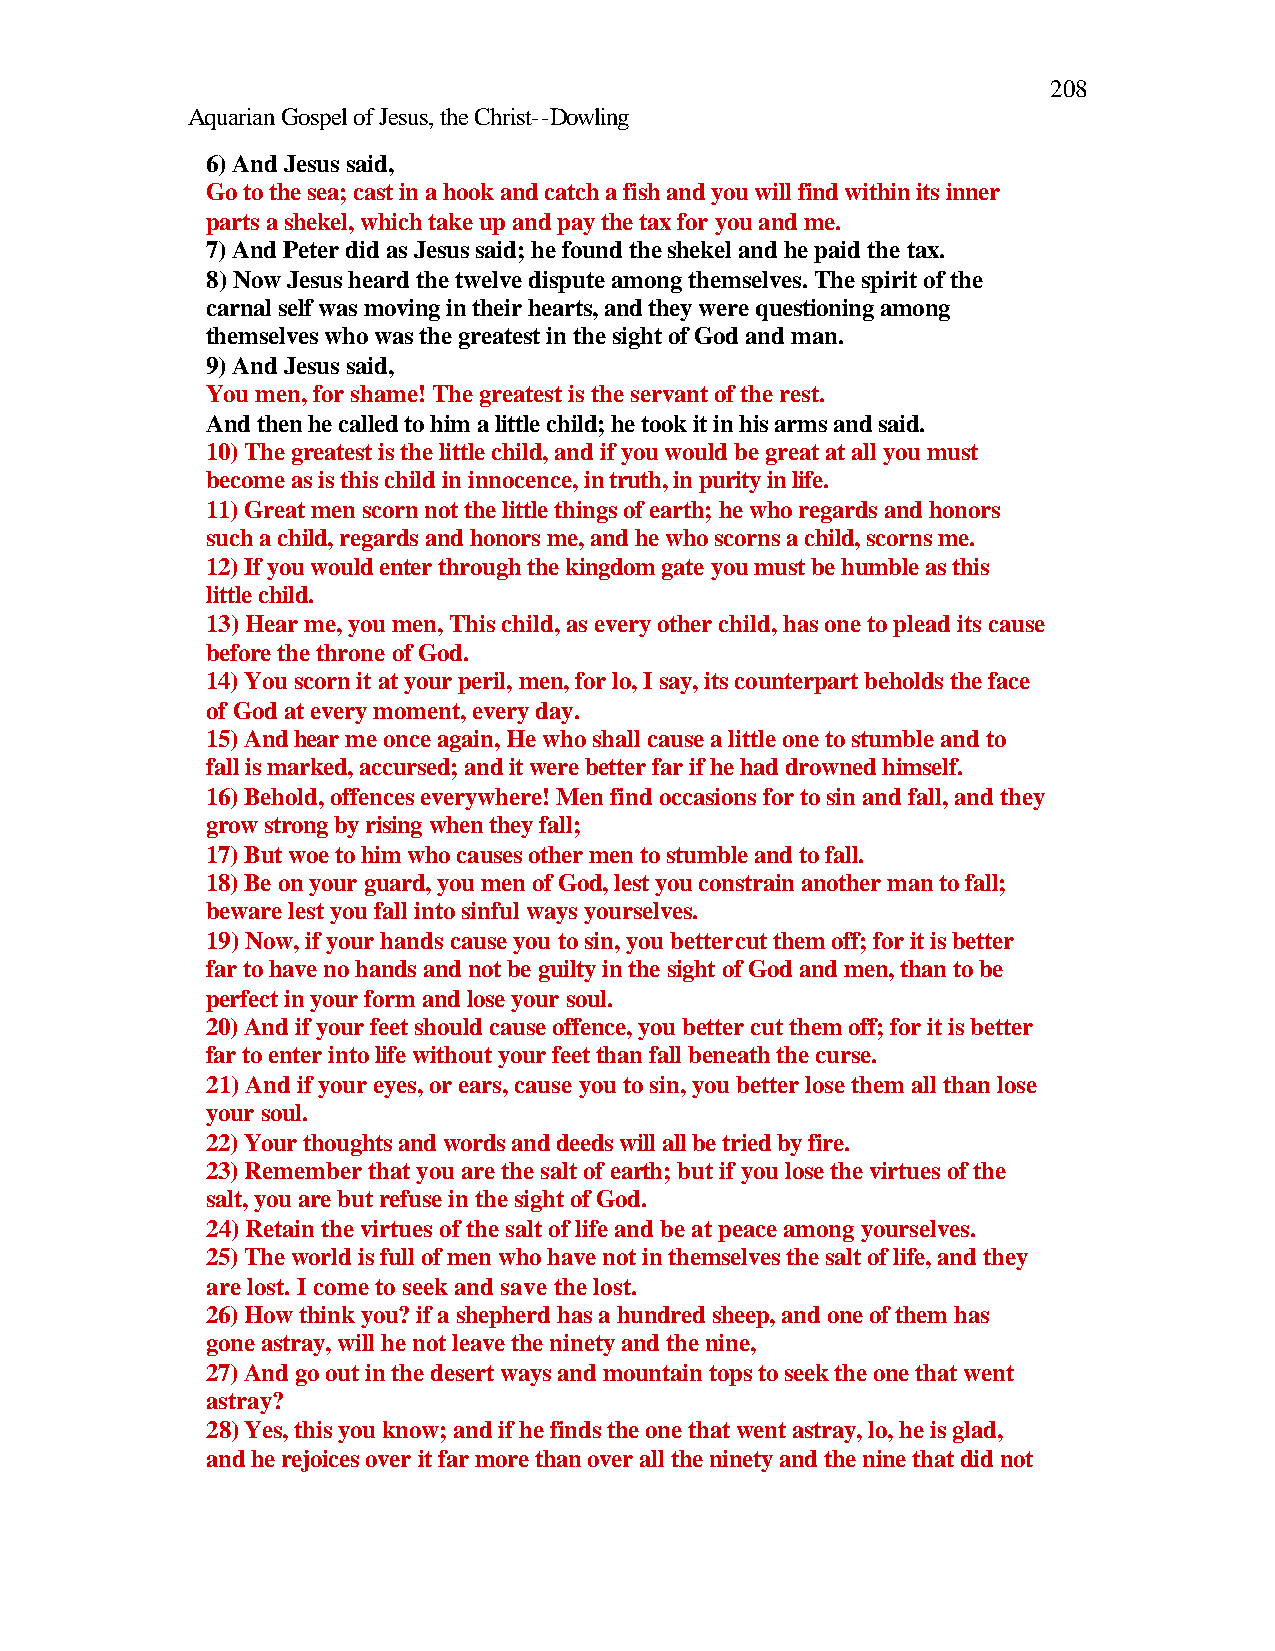
208
 Aquarian Gospel of Jesus, the Christ--Dowling
 6) And Jesus said,
 Go to the sea; cast in a hook and catch a fish and you will find within its inner
 parts a shekel, which take up and pay the tax for you and me.
 7) And Peter did as Jesus said; he found the shekel and he paid the tax.
 8) Now Jesus heard the twelve dispute among themselves. The spirit of the
 carnal self was moving in their hearts, and they were questioning among
 themselves who was the greatest in the sight of God and man.
 9) And Jesus said,
 You men, for shame! The greatest is the servant of the rest.
 And then he called to him a little child; he took it in his arms and said.
 10) The greatest is the little child, and if you would be great at all you must
 become as is this child in innocence, in truth, in purity in life.
 11) Great men scorn not the little things of earth; he who regards and honors
 such a child, regards and honors me, and he who scorns a child, scorns me.
 12) If you would enter through the kingdom gate you must be humble as this
 little child.
 13) Hear me, you men, This child, as every other child, has one to plead its cause
 before the throne of God.
 14) You scorn it at your peril, men, for lo, I say, its counterpart beholds the face
 of God at every moment, every day.
 15) And hear me once again, He who shall cause a little one to stumble and to
 fall is marked, accursed; and it were better far if he had drowned himself.
 16) Behold, offences everywhere! Men find occasions for to sin and fall, and they
 grow strong by rising when they fall;
 17) But woe to him who causes other men to stumble and to fall.
 18) Be on your guard, you men of God, lest you constrain another man to fall;
 beware lest you fall into sinful ways yourselves.
 19) Now, if your hands cause you to sin, you better cut them off; for it is better
 far to have no hands and not be guilty in the sight of God and men, than to be
 perfect in your form and lose your soul.
 20) And if your feet should cause offence, you better cut them off; for it is better
 far to enter into life without your feet than fall beneath the curse.
 21) And if your eyes, or ears, cause you to sin, you better lose them all than lose
 your soul.
 22) Your thoughts and words and deeds will all be tried by fire.
 23) Remember that you are the salt of earth; but if you lose the virtues of the
 salt, you are but refuse in the sight of God.
 24) Retain the virtues of the salt of life and be at peace among yourselves.
 25) The world is full of men who have not in themselves the salt of life, and they
 are lost. I come to seek and save the lost.
 26) How think you? if a shepherd has a hundred sheep, and one of them has
 gone astray, will he not leave the ninety and the nine,
 27) And go out in the desert ways and mountain tops to seek the one that went
 astray?
 28) Yes, this you know; and if he finds the one that went astray, lo, he is glad,
 and he rejoices over it far more than over all the ninety and the nine that did not